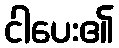
ငါပေး၏